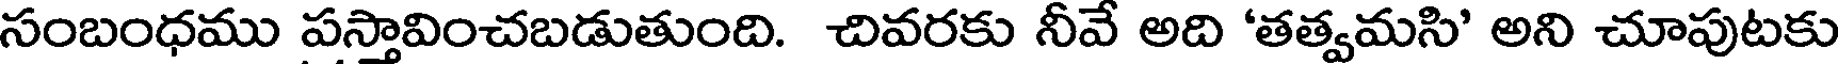
సంబంధము పస్తావించబడుతుంది. చివరకు నీవే అది 'తత్వమసి' అని చూపుటకు